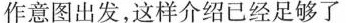
作意图出发，这样介绍已经足够了